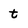
Character: t